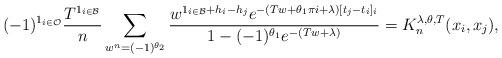
LaTeX: \begin{align*}(-1)^{ \mathrm{1}_{i \in \mathcal{O}} } \frac{T^{\mathrm{1}_{i \in \mathcal{B}}} }{n} \sum_{ w^n = (-1)^{\theta_2}} \frac{ w^{ \mathrm{1}_{i \in \mathcal{B}} +h_i-h_j} e^{ - (Tw+\theta_1 \pi i+ \lambda)[t_j - t_i]_i } }{ 1 - (-1)^{\theta_1} e^{-(Tw+\lambda) } } = K_n^{\lambda,\theta,T}(x_i,x_j),\end{align*}